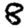
Digit: 8